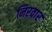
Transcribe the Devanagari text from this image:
निरवार